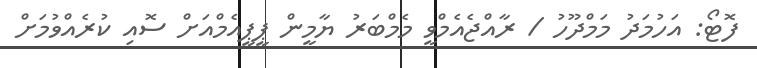
ފޮޓޯ: އަހުމަދު މަމްދޫހު / ރާއްޖެއެމްވީ މެމްބަރު ޔާމީން ޕީޕީއެމްއަށް ސޮއި ކުރެއްވުމަށް